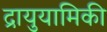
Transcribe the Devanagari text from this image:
द्रायुयामिकी